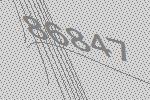
86847